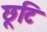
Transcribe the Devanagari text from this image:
छूटि